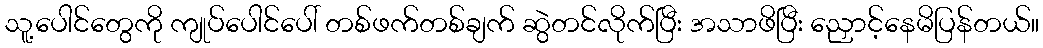
သူ့ပေါင်တွေကို ကျုပ်ပေါင်ပေါ် တစ်ဖက်တစ်ချက် ဆွဲတင်လိုက်ပြီး အသာဖိပြီး ညှောင့်နေမိပြန်တယ်။